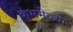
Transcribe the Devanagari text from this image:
कुंभमेळ्या